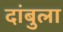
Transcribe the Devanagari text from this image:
दांबुला